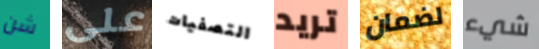
شن على التصفيات تريد لضمان شيء